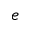
e